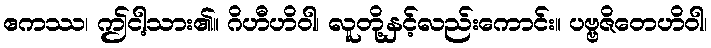
ဧကဿ၊ ဤငါ့သား၏။ ဂိဟီဟိဝါ၊ လူတို့နှင့်လည်းကောင်း။ ပဗ္ဗဇိတေဟိဝါ၊